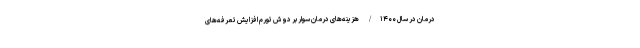
درمان در سال ۱۴۰۰/ هزینه‌های درمان سوار بر دوش تورم افزایش تعرفه‌های